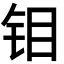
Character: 钼